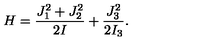
H = \frac { J _ { 1 } ^ { 2 } + J _ { 2 } ^ { 2 } } { 2 I } + \frac { J _ { 3 } ^ { 2 } } { 2 I _ { 3 } } .